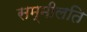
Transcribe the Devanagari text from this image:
सम्मीलति